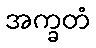
အက္ခတံ